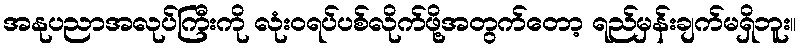
အနုပညာအလုပ်ကြီးကို လုံးဝရပ်ပစ်လိုက်ဖို့အတွက်တော့ ရည်မှန်းချက်မရှိဘူး။